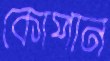
কোপান